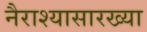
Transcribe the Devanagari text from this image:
नैराश्यासारख्या